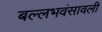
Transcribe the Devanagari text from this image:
बल्लभवंसावली